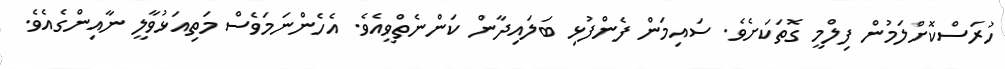
ހުރަސްކޮށްލަމުން ފިލްމީ ގޮތަކަށެވެ. ސައިމަން ފެންފުޅި ބަލައިދާން ކަންނެތްވީއެވެ. އެހެންނަމަވެސް މަތިއަޅުވާލީ ނާއިންގެއެވެ.